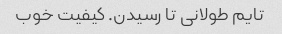
تایم طولانی تا رسیدن. کیفیت خوب